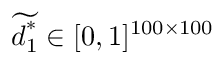
\displaystyle \widetilde { \boldsymbol { d } _ { 1 } ^ { * } } \in [ 0 , 1 ] ^ { 1 0 0 \times 1 0 0 }